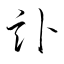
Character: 訃